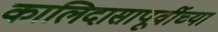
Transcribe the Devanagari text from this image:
कालिदासापूर्वीच्या